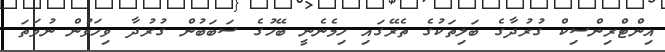
އިންޓްރިންސިކް ގުރުދާގެ ބަލިތަކުގެ ތެރޭގައި ހިމެނެނީ ބޭހުގެ ސަބަބުން ގުރުދާ ވިހަވުން ނުވަތަ